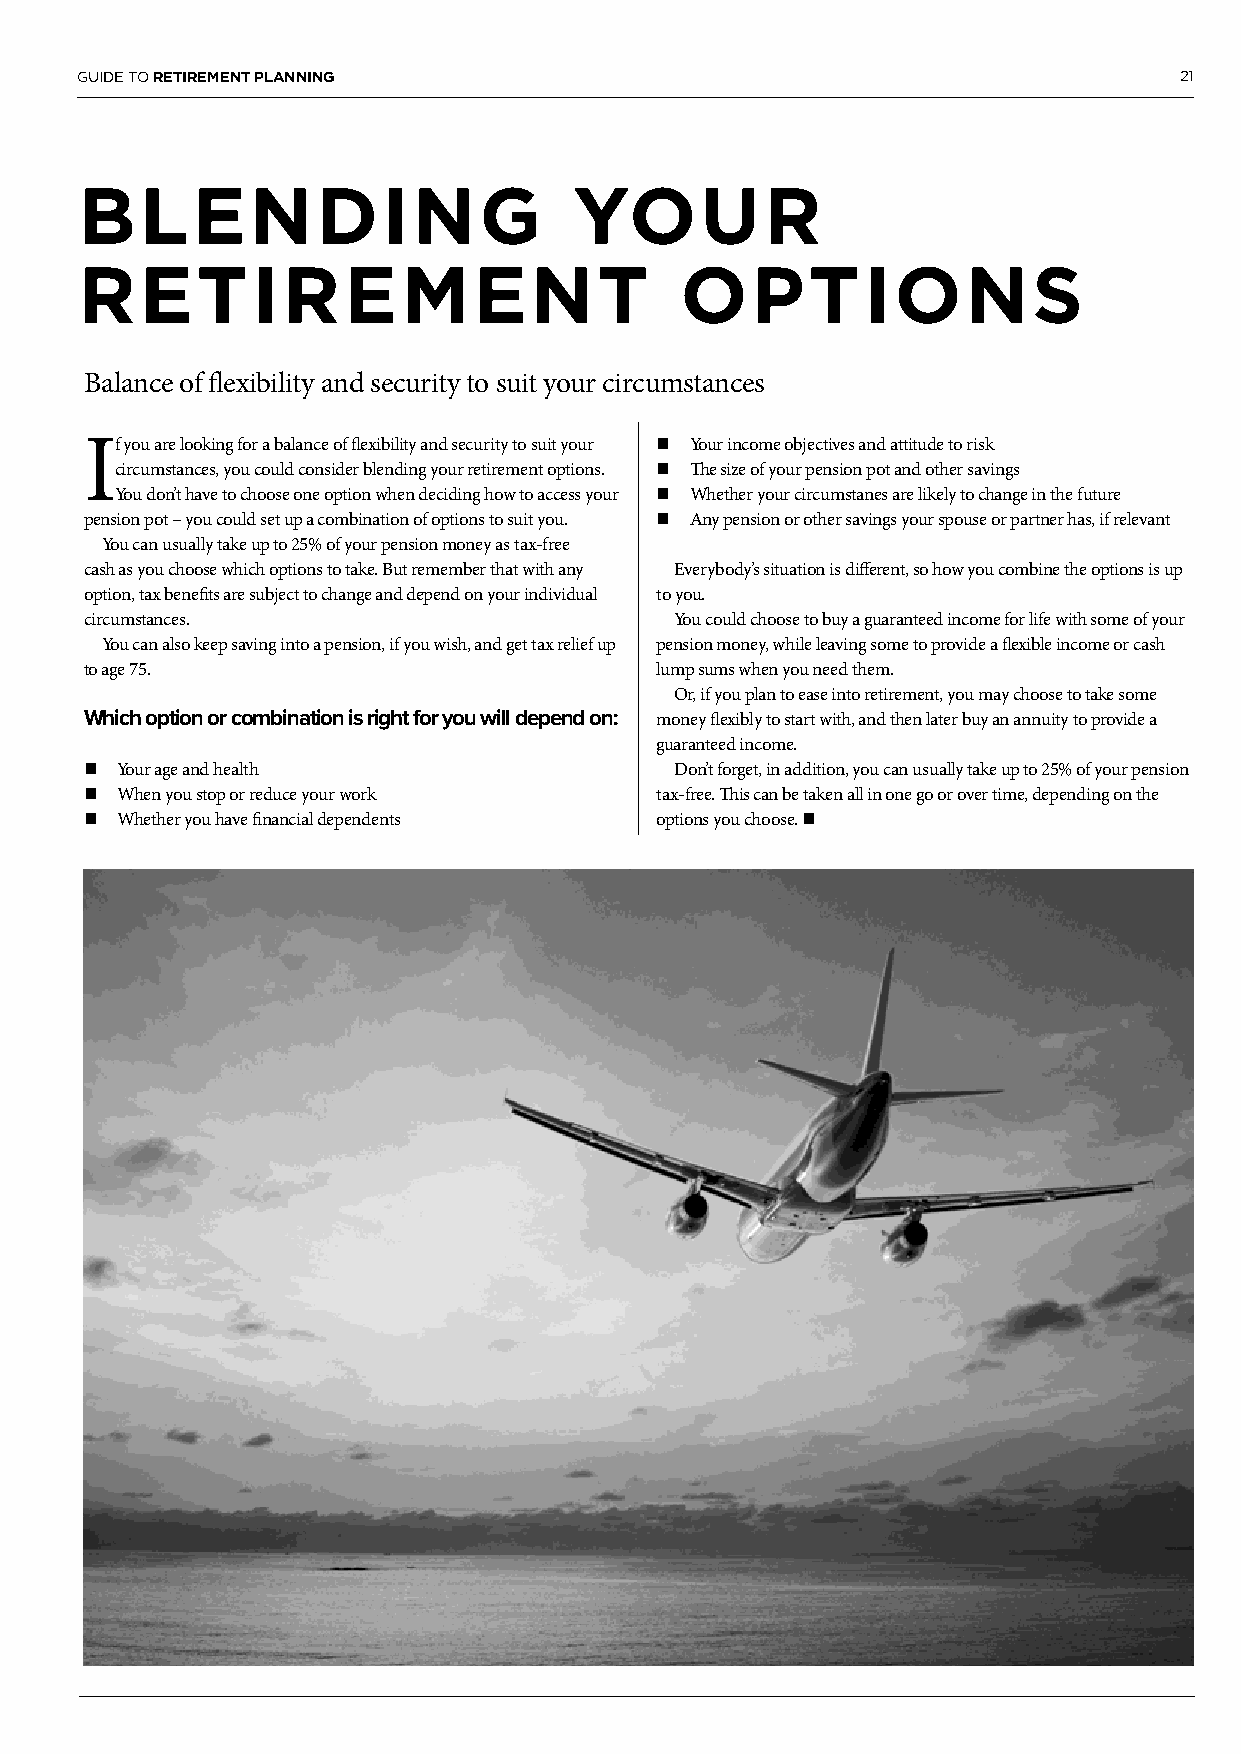
GUIDE TO RETIREMENT PLANNING                                             21
 BLENDING                         YOUR
 RETIREMENT                              OPTIONS
 Balance of flexibility and security to suit your circumstances
 If you are looking for a balance of flexibility and security to suit your n Your income objectives and attitude to risk
 circumstances, you could consider blending your retirement options. n The size of your pension pot and other savings
 You don’t have to choose one option when deciding how to access your n Whether your circumstanes are likely to change in the future
 pension pot – you could set up a combination of options to suit you. n Any pension or other savings your spouse or partner has, if relevant
 You can usually take up to 25% of your pension money as tax-free
 cash as you choose which options to take. But remember that with any Everybody’s situation is different, so how you combine the options is up
 option, tax benefits are subject to change and depend on your individual to you.
 circumstances.                         You could choose to buy a guaranteed income for life with some of your
 You can also keep saving into a pension, if you wish, and get tax relief up pension money, while leaving some to provide a flexible income or cash
 to age 75.                           lump sums when you need them.
 Or, if you plan to ease into retirement, you may choose to take some
 Which option or combination is right for you will depend on: money flexibly to start with, and then later buy an annuity to provide a
 guaranteed income.
 n Your age and health                  Don’t forget, in addition, you can usually take up to 25% of your pension
 n When you stop or reduce your work  tax-free. This can be taken all in one go or over time, depending on the
 n Whether you have financial dependents options you choose. n